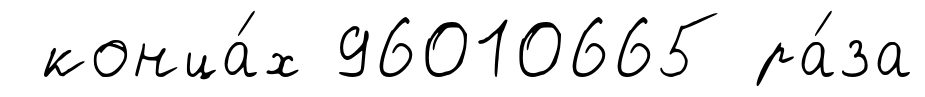
конца́х 96010665 ра́за